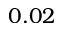
0 . 0 2